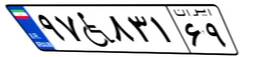
۹۷W۸۳۱۶۹